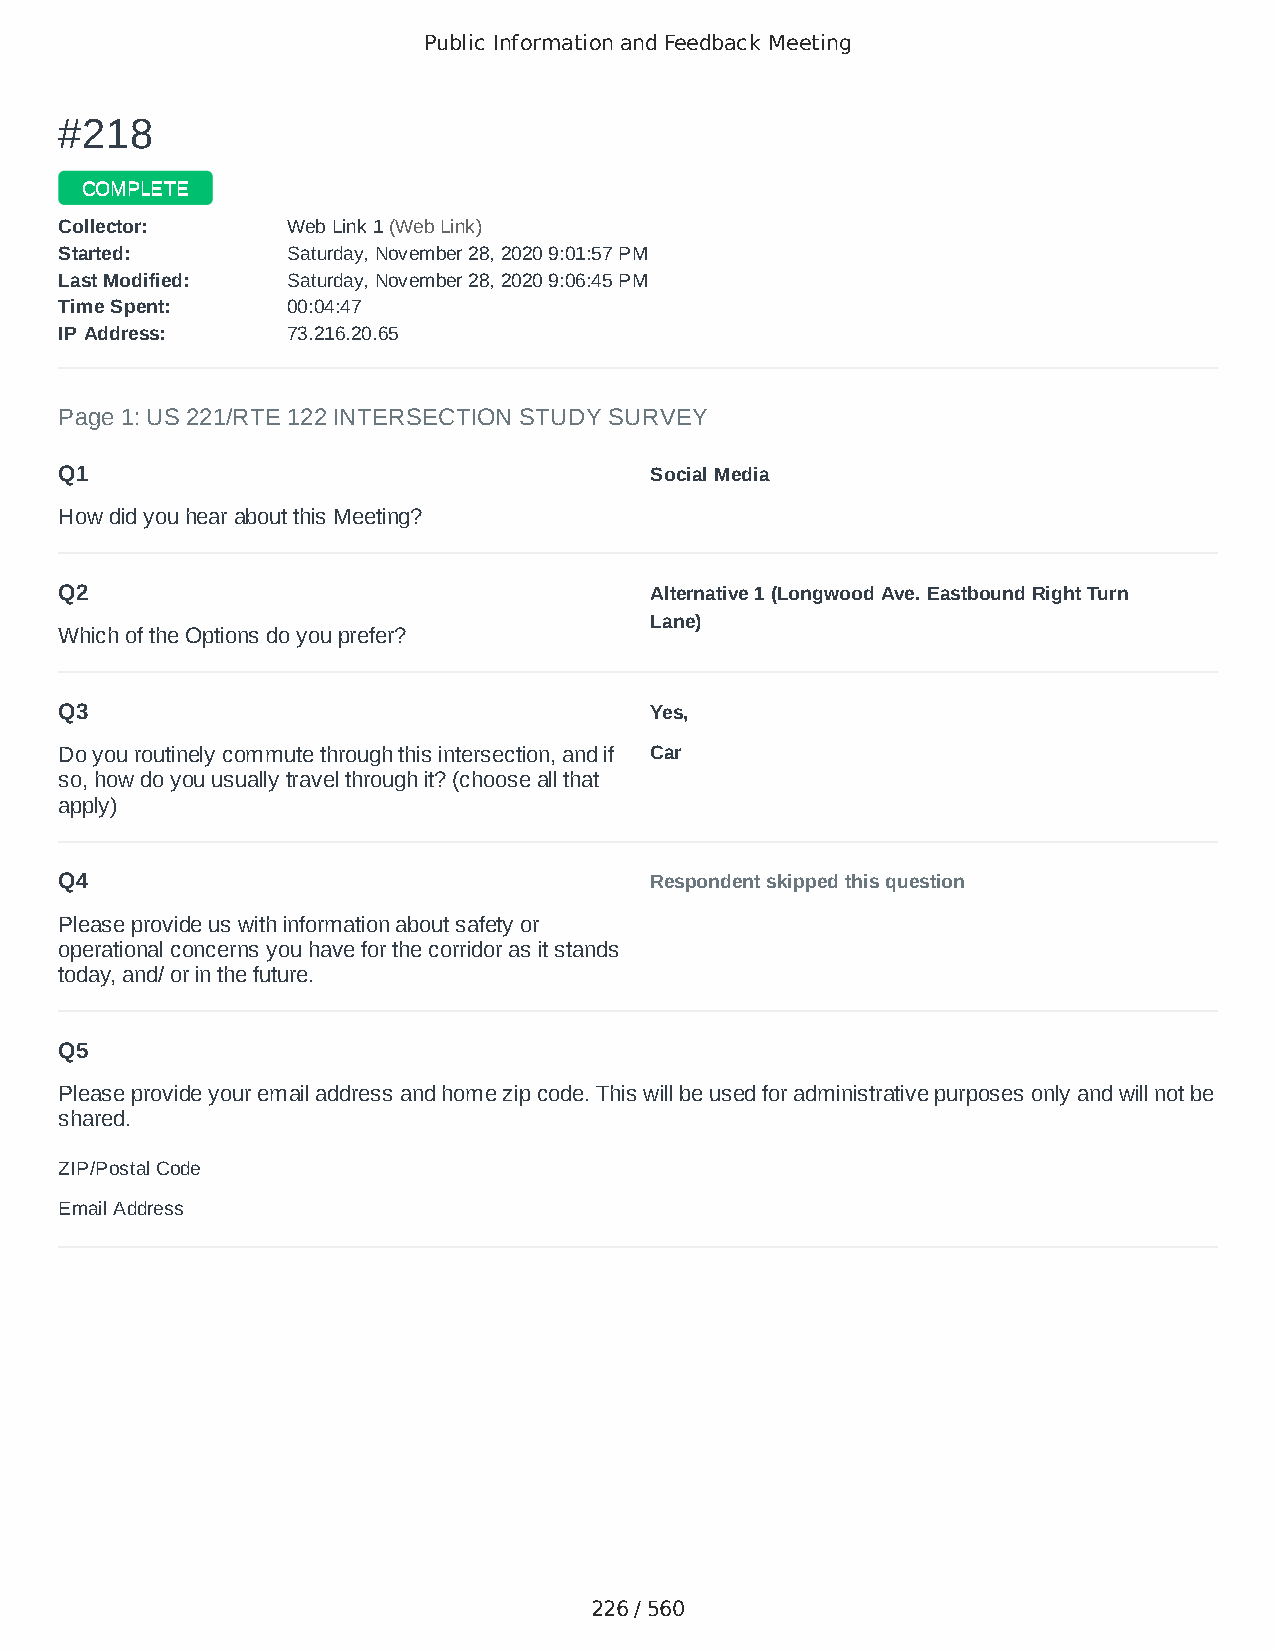
Public Information and Feedback Meeting
 ##221188
 CCOOMMPPLLEETTEE
 CCoolllleeccttoorr:: WWeebb LLiinnkk 11 ((WWeebb LLiinnkk))
 SSttaarrtteedd:: SSaattuurrddaayy,, NNoovveemmbbeerr 2288,, 22002200 99::0011::5577 PPMM
 LLaasstt MMooddiiffiieedd:: SSaattuurrddaayy,, NNoovveemmbbeerr 2288,, 22002200 99::0066::4455 PPMM
 TTiimmee SSppeenntt:: 0000::0044::4477
 IIPP AAddddrreessss:: 7733..221166..2200..6655
 Page 1: US 221/RTE 122 INTERSECTION STUDY SURVEY
 Q1                                     Social Media
 How did you hear about this Meeting?
 Q2                                     Alternative 1 (Longwood Ave. Eastbound Right Turn
 Lane)
 Which of the Options do you prefer?
 Q3                                     Yes,
 Do you routinely commute through this intersection, and if Car
 so, how do you usually travel through it? (choose all that
 apply)
 Q4                                     Respondent skipped this question
 Please provide us with information about safety or
 operational concerns you have for the corridor as it stands
 today, and/ or in the future.
 Q5
 Please provide your email address and home zip code. This will be used for administrative purposes only and will not be
 shared.
 ZIP/Postal Code                        24174
 Email Address                          mom2bricechloe@aol.com
 226 / 560